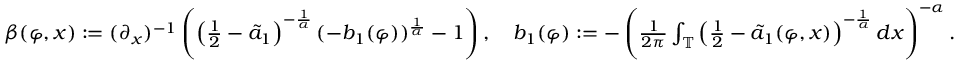
\begin{array} { r } { \beta ( \varphi , x ) : = ( \partial _ { x } ) ^ { - 1 } \left( \left( \frac { 1 } { 2 } - \tilde { a } _ { 1 } \right) ^ { - \frac { 1 } { \alpha } } ( - b _ { 1 } ( \varphi ) ) ^ { \frac { 1 } { \alpha } } - 1 \right) , \quad b _ { 1 } ( \varphi ) : = - \left( \frac { 1 } { 2 \pi } \int _ { \mathbb { T } } \left( \frac { 1 } { 2 } - \tilde { a } _ { 1 } ( \varphi , x ) \right) ^ { - \frac { 1 } { \alpha } } d x \right) ^ { - \alpha } . } \end{array}